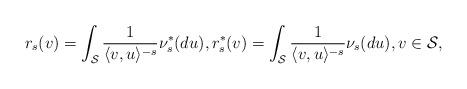
LaTeX: \begin{align*} r_{s}(v) = \int_{\mathcal{S}} \frac{1}{ \langle v, u \rangle^{-s} } \nu^*_{s}(du), r_{s}^*(v) = \int_{\mathcal{S}} \frac{1}{ \langle v, u \rangle^{-s} } \nu_{s}(du), v \in \mathcal{S}, \end{align*}